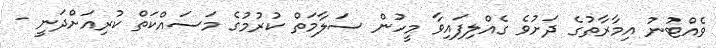
ވެއްޓުނު އިމާރާތުގެ ދަށުވެ ގެއްލިފައިވާ މީހުން ސަލާމަތް ކުރުމުގެ މަސައްކަތް ކުރިއަށްދަނީ -